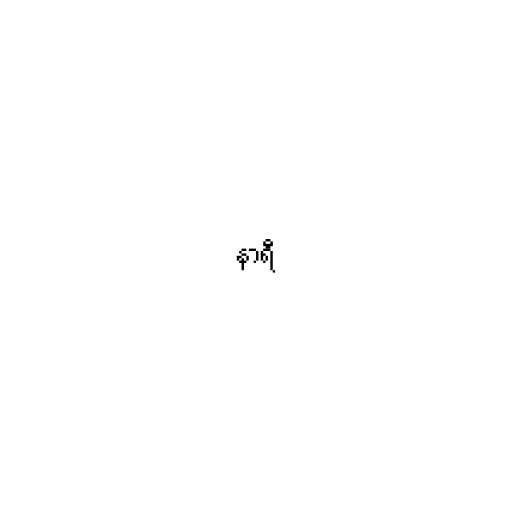
နာရီ